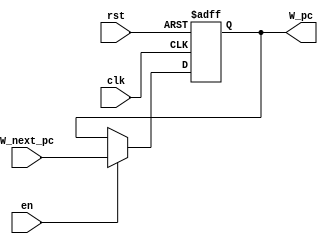
module PC(
    input   wire        clk,
    input   wire        en,
    input   wire        rst,
    input   wire [31:0] W_next_pc,
    output  reg  [31:0] W_pc
    );
    
    // FlopEnR dff(clk, en, rst, W_next_pc, W_pc);
    always @(posedge clk, posedge rst) begin
        if (rst) begin
            W_pc <= 32'hffff_fffc;
        end else if (en) begin
            W_pc <= W_next_pc;
        end
    end
endmodule